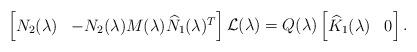
LaTeX: \begin{align*}\begin{bmatrix} N_2(\lambda) & -N_2(\lambda)M(\lambda)\widehat{N}_1(\lambda)^T\end{bmatrix}\mathcal{L}(\lambda)=Q(\lambda)\begin{bmatrix}\widehat{K}_1(\lambda) & 0\end{bmatrix}.\end{align*}